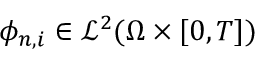
\phi _ { n , i } \in \mathcal { L } ^ { 2 } ( \Omega \times [ 0 , T ] )